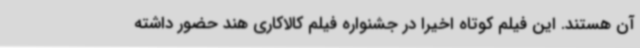
آن هستند. این فیلم کوتاه اخیرا در جشنواره فیلم کالاکاری هند حضور داشته